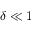
\delta \ll 1